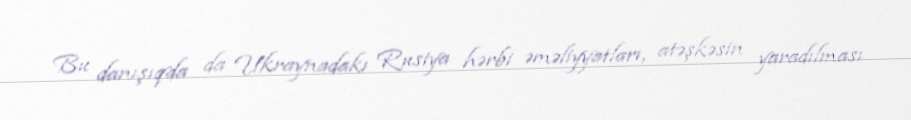
Bu danışıqda da Ukraynadakı Rusiya hərbi əməliyyatları, atəşkəsin yaradılması